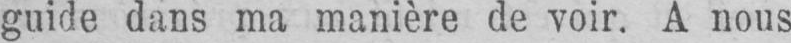
guide dans ma manière de voir. A nous